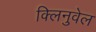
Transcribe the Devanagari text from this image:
क्लिनुवेल